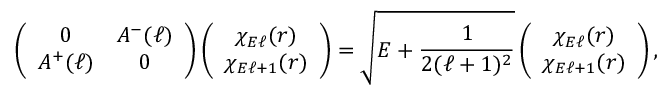
\left( \begin{array} { c c } { { 0 } } & { { A ^ { - } ( \ell ) } } \\ { { A ^ { + } ( \ell ) } } & { { 0 } } \end{array} \right) \left( \begin{array} { c } { { \chi _ { E \ell } ( r ) } } \\ { { \chi _ { E \ell + 1 } ( r ) } } \end{array} \right) = \sqrt { E + \frac { 1 } { 2 ( \ell + 1 ) ^ { 2 } } } \left( \begin{array} { c } { { \chi _ { E \ell } ( r ) } } \\ { { \chi _ { E \ell + 1 } ( r ) } } \end{array} \right) ,